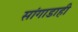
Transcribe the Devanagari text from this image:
सांगाडाही